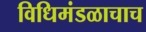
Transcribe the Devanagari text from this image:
विधिमंडळाचाच